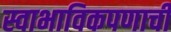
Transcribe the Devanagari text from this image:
स्वाभाविकपणाची